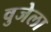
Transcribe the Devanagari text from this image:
वुजेला